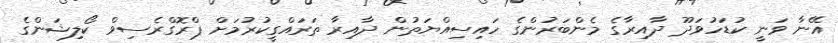
އޭނާ ވަނީ ކުޑަހުވަދޫ ދާއިރާގެ މެންބަރުންގެ ހައިސިއްޔަތުން ދާއިރާ ތަރައްގީކުރުމަށް ޕްރޮގްރެސިވް ކޯލިޝަންގެ